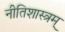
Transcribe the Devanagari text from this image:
नीतिशास्त्रम्‌